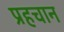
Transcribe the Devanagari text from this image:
प्रहचान